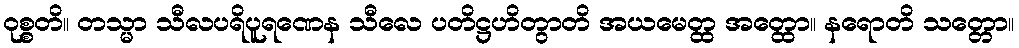
ဝုစ္စတိ။ တသ္မာ သီလပရိပူရဏေန သီလေ ပတိဋ္ဌဟိတွာတိ အယမေတ္ထ အတ္ထော။ နရောတိ သတ္တော။